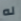
له